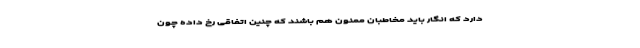
دارد که انگار باید مخاطبان ممنون هم باشند که چنین اتفاقی رخ داده چون